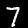
Digit: 7